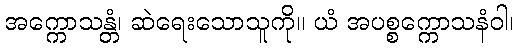
အက္ကောသန္တံ၊ ဆဲရေးသောသူကို။ ယံ အပစ္စက္ကောသနံဝါ၊